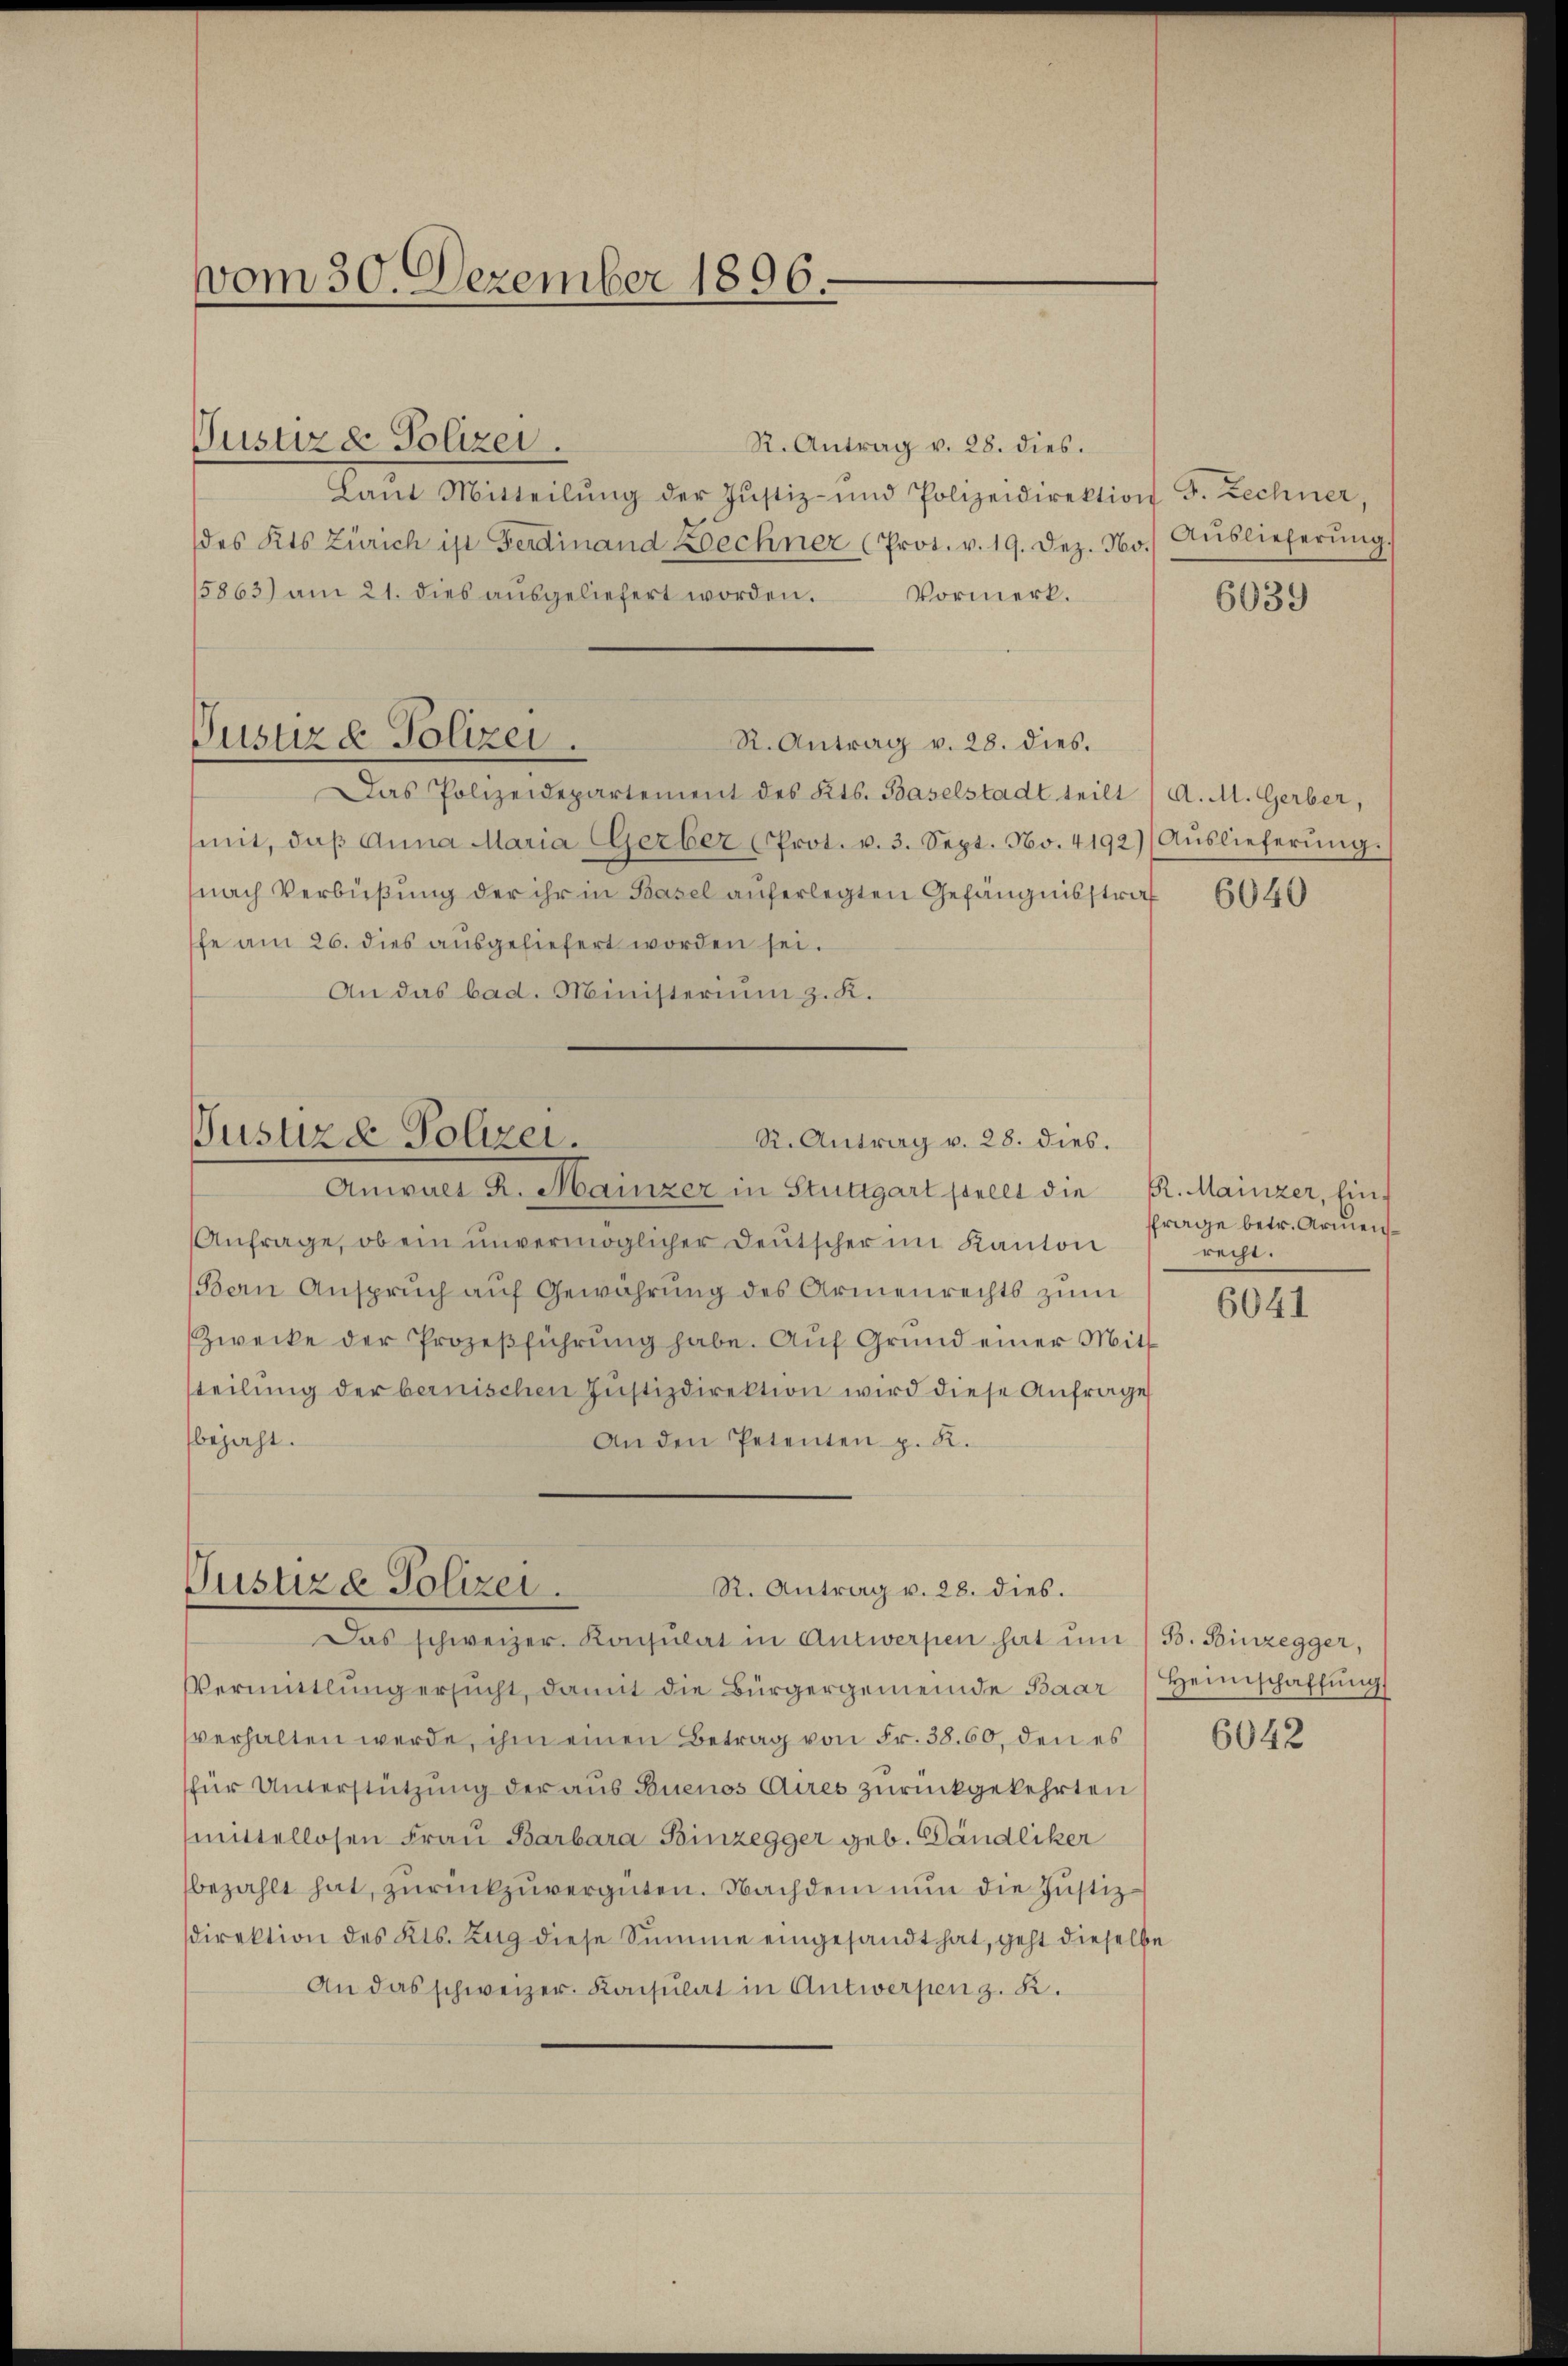
vom 30. Dezember 1896.

Justiz & Polizei.
R. Antrag v. 28. dies.
Laŭt Mitteilŭng der Justiz- und Polizeidirektion F. Zechner,
des Kts Zürich ist Ferdinand Rechner (Prot. v. 19. Dez. No. Aŭslieferŭng.
5863) am 21. dies aŭsgeliefert worden. Vormerk.
Pusure Polizei.
R. Antrag v. 28. dies.
Das Polizeidepartement des Kts. Baselstadt teilt ( A. M. Gerber,
mit, daβ Anna Maria Gerber (Prot. v. 3. Sept. No. 4192) ( Aŭslieferŭng.
nach Verbüßung der ihr in Basel auferlegten Gefängnisstraf
fe am 26. dies ausgeliefert worden sei.
An das bad. Ministerium z. K.

Justizd Polizei.
R. Antrag v. 28. dies.

Anwalt R. Mainzer in Stuttgart pouler die K. Mainzer, Ein¬
Anfrage, ob ein unvermöglicher Deutscher im Kanton
Bern Anspruch auf Gewährung des Armenrechts zum
Zwecke der Prozeßführŭng habe. Auf Grund einer Mit
steilung der bernischen Justizdirektion wird diese Anfrage
bejaht.
An den Petenten p. K.

Justiz & Polizei.
R. Antrag v. 28. dies.

Das schweizer. Konsulat in Antwerpen hat ŭm / B. Binzegger,
Vermittlung ersŭcht, damit die Bürgergemeinde Baar Heimschaffŭng
verhalten werde, ihm einen Betrag von Fr. 38.60, den es
für Unterstützung der aus Buenos Aires zurückgekehrten
mittellosen Frau Barbara Binzegger geb. Dändliker
bezahlt hat, zurückzuvergüten. Nachdem nun die Justizdirektion des Kts. Zug diese Summe eingesandt hat, geht dieselbe
An das schweizer. Konsulat in Antwerpen z. R.

6039

6040

ffrage betr. Armenrecht.

6041

6042